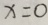
x = 0